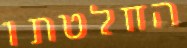
החלטתו